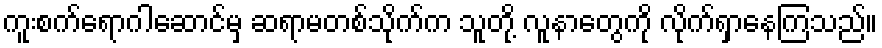
ကူးစက်ရောဂါဆောင်မှ ဆရာမတစ်သိုက်က သူတို့ လူနာတွေကို လိုက်ရှာနေကြသည်။